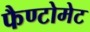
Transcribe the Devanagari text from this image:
फैण्टोमेट